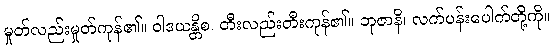
မှုတ်လည်းမှုတ်ကုန်၏။ ဝါဒယန္တိစ၊ တီးလည်းတီးကုန်၏။ ဘုဇာနိ၊ လက်ပန်းပေါက်တို့ကို။